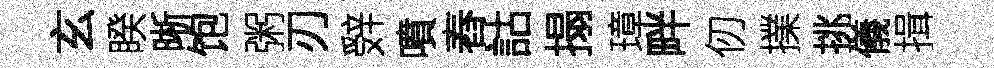
玄睽晰饱粥刃辤噴舂詁搨璋畔仞擈挑儀揖